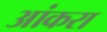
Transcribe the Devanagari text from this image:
आंकरा